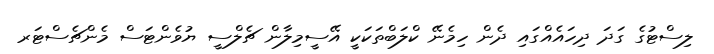
ލިސްޓުގެ ގަދަ ދިހައެއްގައި ދެން ހިމެނޭ ކްލަބްތަކަކީ އޭސީމިލާން ޗެލްސީ ޔުވެންޓަސް މެންޗެސްޓަރ